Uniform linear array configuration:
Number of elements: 64
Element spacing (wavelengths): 0.25
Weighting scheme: uniform
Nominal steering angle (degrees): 45
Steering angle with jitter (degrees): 46.833
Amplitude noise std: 0.05
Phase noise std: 0.05

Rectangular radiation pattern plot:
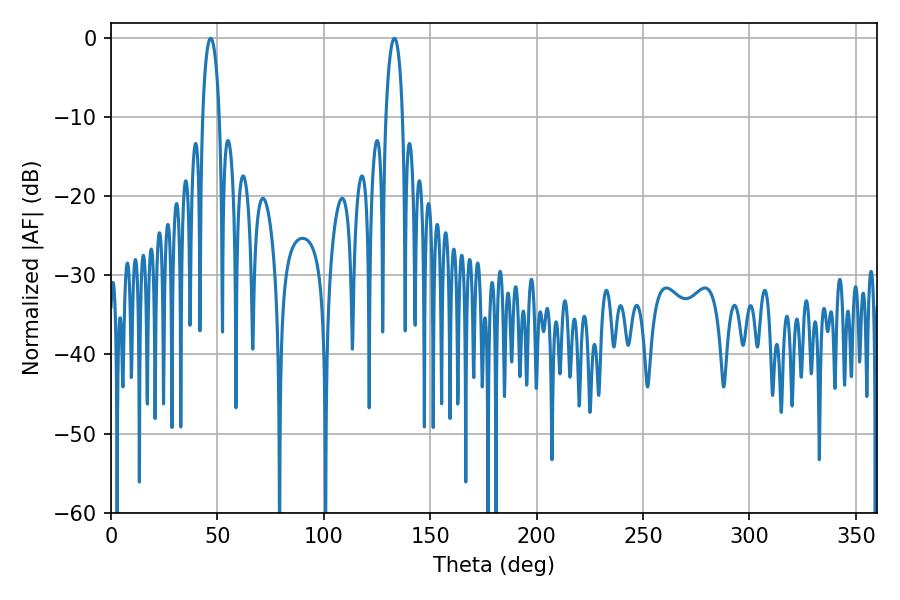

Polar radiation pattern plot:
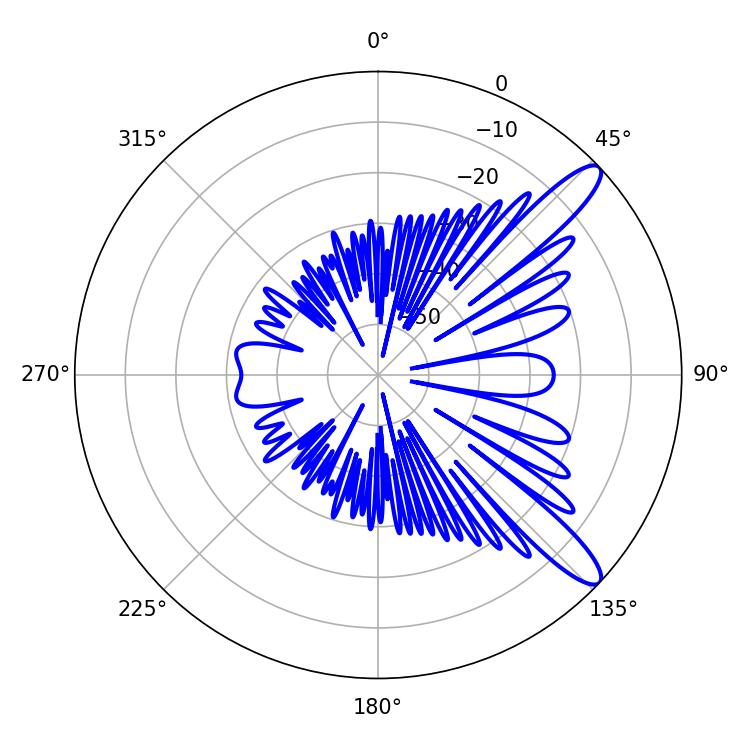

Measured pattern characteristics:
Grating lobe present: FALSE
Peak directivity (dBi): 11.772
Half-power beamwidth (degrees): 4.5
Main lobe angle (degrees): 46.8